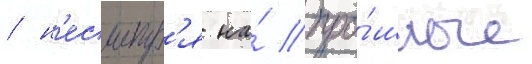
/ н'есмотр'я на́ про́шлые